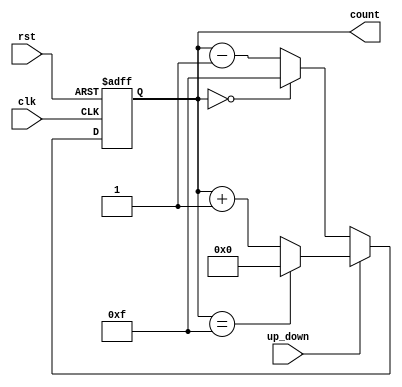
module up_down_counter #(
    parameter WIDTH = 4,          // Define the width of the counter
    parameter MAX_COUNT = (1 << WIDTH) - 1 // Maximum count value based on width
)(
    input wire clk,               // Clock input
    input wire rst,               // Asynchronous reset
    input wire up_down,           // Up/Down control signal
    output reg [WIDTH-1:0] count  // Current count output
);

    // Asynchronous reset and counting logic
    always @(posedge clk or posedge rst) begin
        if (rst) begin
            count <= 0;            // Reset the count to 0
        end else begin
            if (up_down) begin
                if (count == MAX_COUNT) begin
                    count <= 0;    // Wrap around to 0 if max count is reached
                end else begin
                    count <= count + 1; // Increment count
                end
            end else begin
                if (count == 0) begin
                    count <= MAX_COUNT; // Wrap around to max count if at 0
                end else begin
                    count <= count - 1; // Decrement count
                end
            end
        end
    end

endmodule